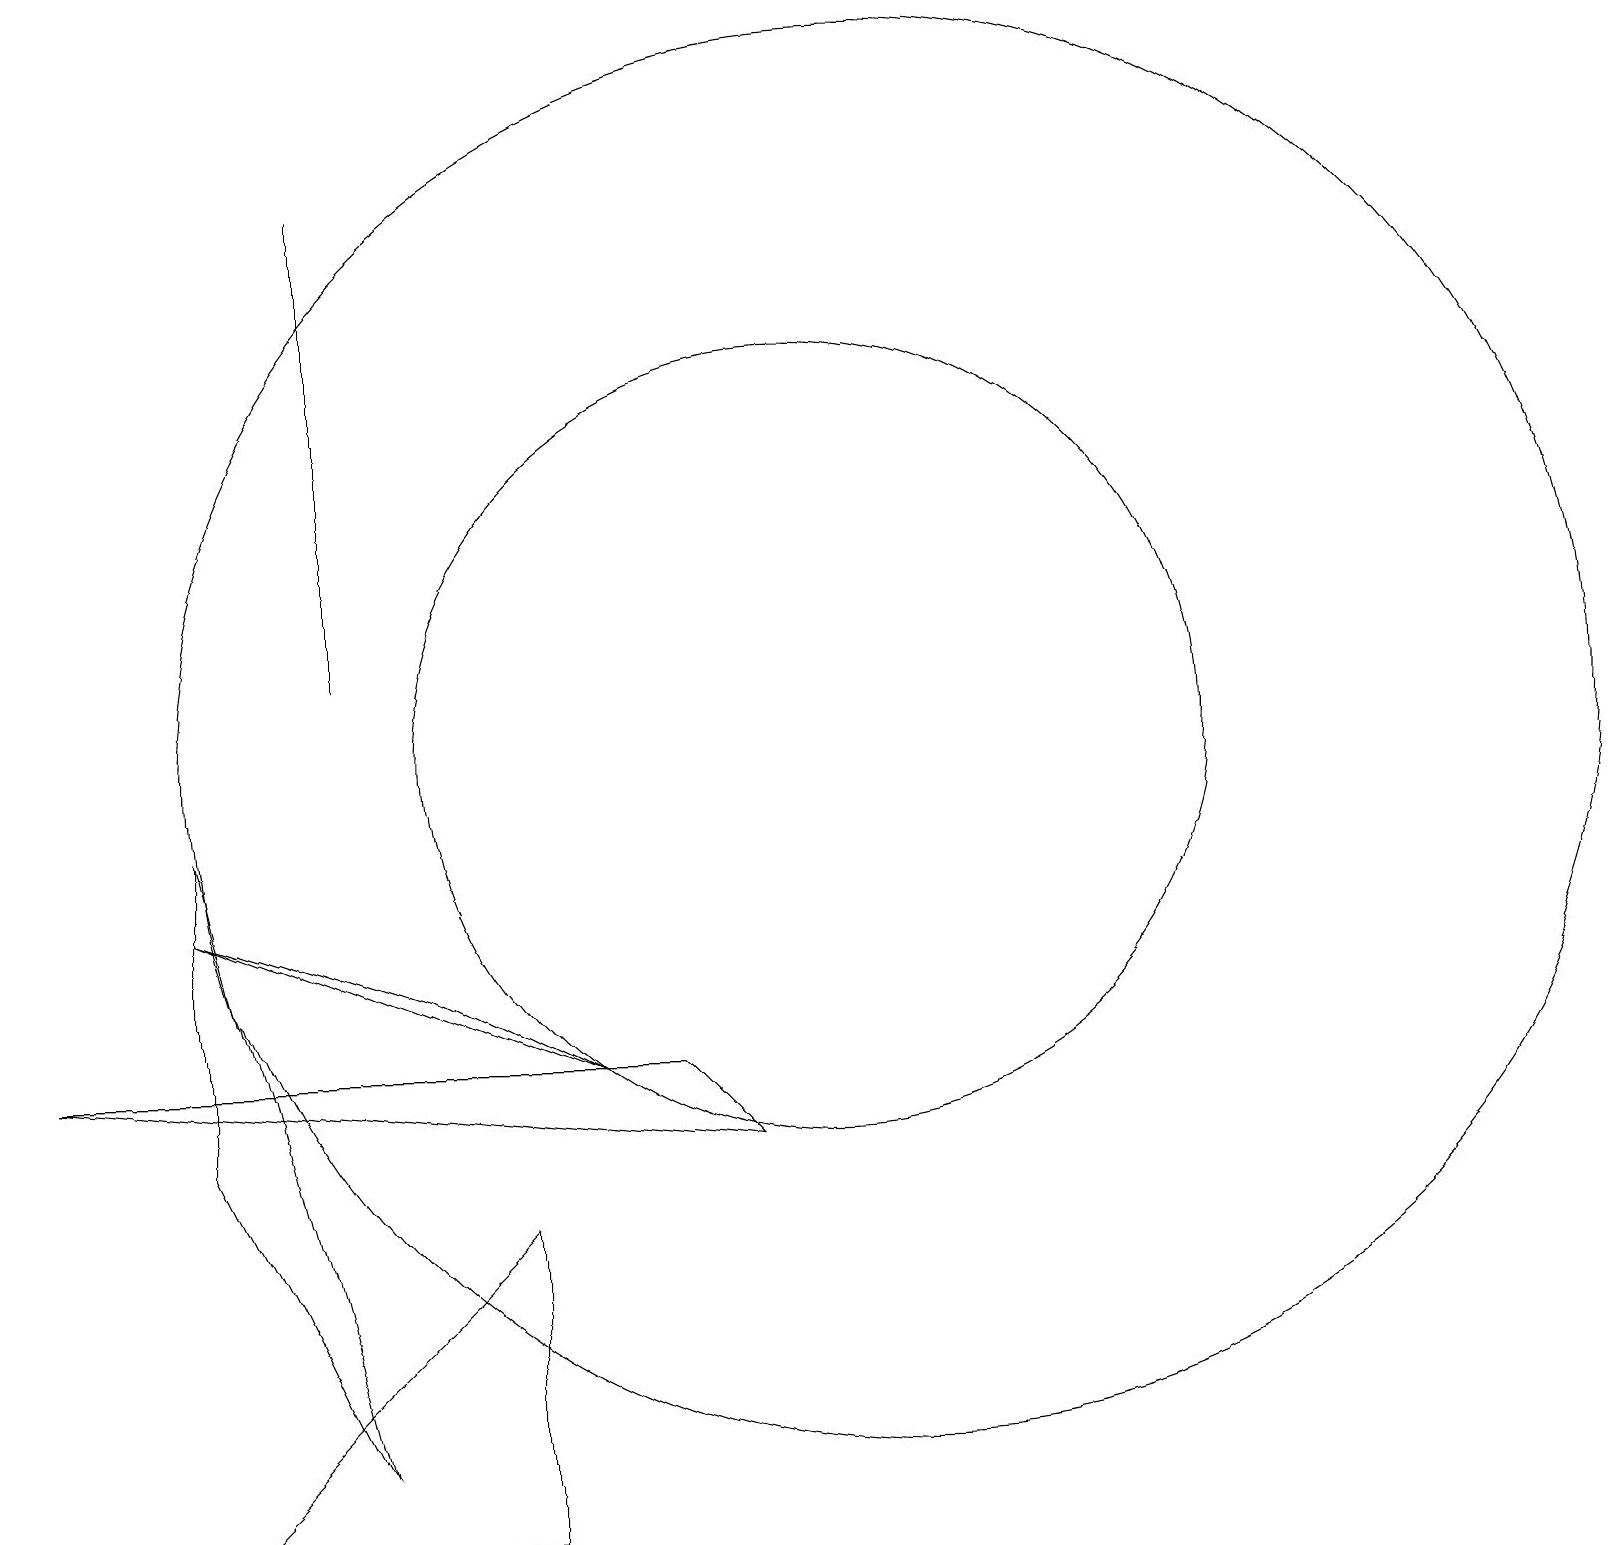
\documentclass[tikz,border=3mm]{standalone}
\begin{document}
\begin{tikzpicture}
\draw (4,17) rectangle (4,15);
\draw (11,10) circle (9);
\draw (4,11) rectangle (4,17);
\draw (10,10) circle (5);
\draw (2,5) -- (4,1) -- (2,9) -- cycle;
\draw (6,4) -- (6,0) -- (2,0) -- cycle;
\draw (5,7) -- (7,6) -- (2,8) -- cycle;
\draw (8,6) -- (9,5) -- (0,6) -- cycle;
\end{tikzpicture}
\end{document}